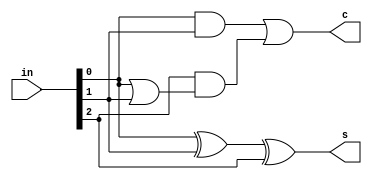
module compress3_2 (in,s,c);
input [2:0]in;
output s,c;

assign s = in[0]^in[1]^in[2];

assign c = (in[0]&in[1])|in[2]&(in[0]|in[1]);

endmodule